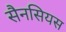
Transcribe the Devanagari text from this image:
सैनसियस